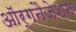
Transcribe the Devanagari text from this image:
ऑर्गनैजेशन